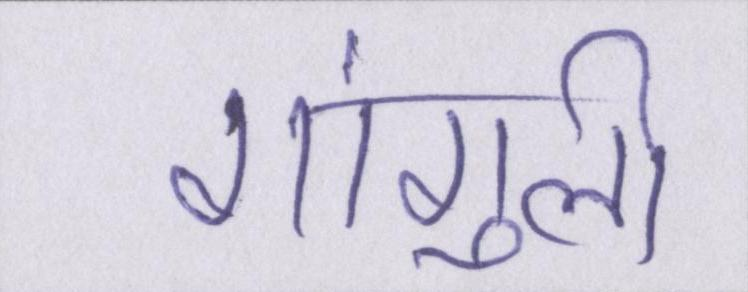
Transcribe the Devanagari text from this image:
गांगुली